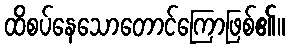
ထိစပ်နေသောတောင်ကြောဖြစ်၏။